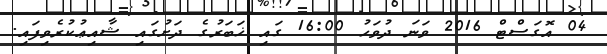
04 އޮގަސްޓް 2016 ވަނަ ދުވަހު 16:00 ގައި ޚަބަރުގެ ދަށުގައި ޝާއިޢުކުރެވިފައި.